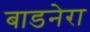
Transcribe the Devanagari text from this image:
बाडनेरा